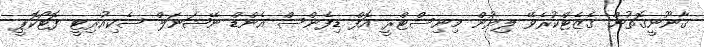
ޤާނޫނީގޮތުން ގެޒެޓްކުރެވޭ ލިޔުން މިނިސްޓްރީ އޮފް ޑިފެންސް އެންޑް ނޭޝަނަލް ސެކިއުރިޓީ ފޮޓޯކޮޕީ